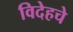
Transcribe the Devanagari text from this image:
विदेहचे